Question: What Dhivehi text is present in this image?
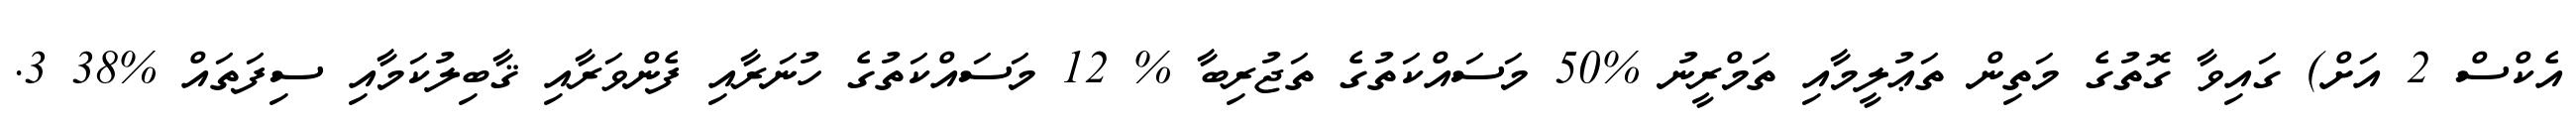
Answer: އެކްސް 2 އަށް) ގައިވާ ގޮތުގެ މަތިން ތަޢުލީމާއި ތަމްރީނު %50 މަސައްކަތުގެ ތަޖުރިބާ % 12 މަސައްކަތުގެ ހުނަރާއި ފެންވަރާއި ޤާބިލުކަމާއި ސިފަތައް %38 3.